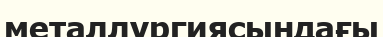
металлургиясындағы